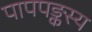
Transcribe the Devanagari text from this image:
पापपङ्कस्य